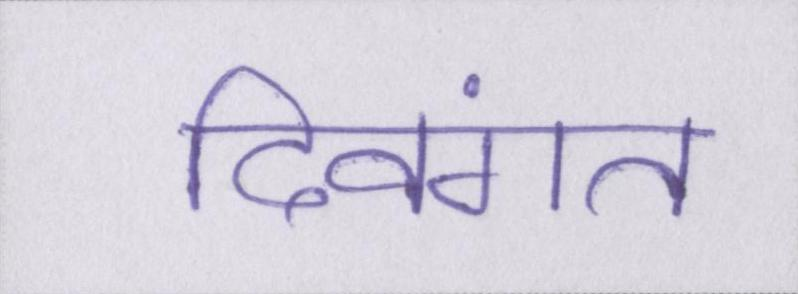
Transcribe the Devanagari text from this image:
दिवंगत